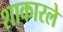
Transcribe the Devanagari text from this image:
शाकारले